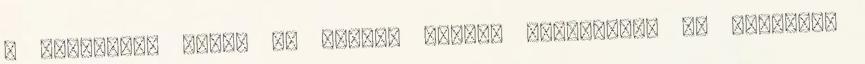
A koncerten olasz és magyar versek reneszánsz és huszadik